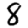
Digit: 8